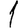
Digit: 1